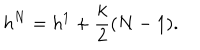
LaTeX: h ^ { N } = h ^ { 1 } + { \frac { k } { 2 } } ( N - 1 ) .